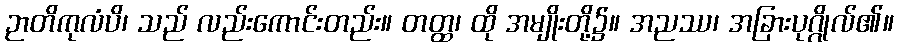
ဉာတိကုလံပိ၊ သည် လည်းကောင်းတည်း။ တတ္ထ၊ ထို အမျိုးတို့၌။ အညဿ၊ အခြားပုဂ္ဂိုလ်၏။